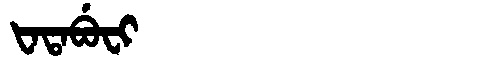
Manchu: ᡶᠠᡨᠠᠪᡠᠸᡳ
Romanization: FATABUFI